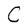
Character: C